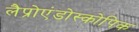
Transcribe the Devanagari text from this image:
लैप्रोएंडोस्कोपिक